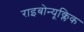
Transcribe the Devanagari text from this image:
राइबोन्यूक्लिक